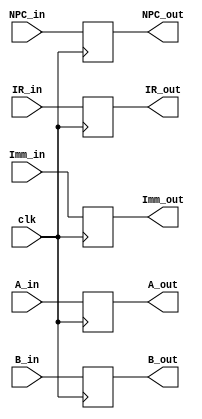
`timescale 1ns / 1ps
module ID_EX_reg(
    input [31:0] NPC_in,
    input [31:0] A_in,
    input [31:0] B_in,
    input [31:0] Imm_in,
    input [31:0] IR_in,
	input clk,
    output [31:0] NPC_out,
    output [31:0] A_out,
    output [31:0] B_out,
    output [31:0] Imm_out,
    output [31:0] IR_out
    );


reg [31:0] NPC;
reg [31:0] IR;
reg [31:0] A;
reg [31:0] B;
reg [31:0] Imm;

assign NPC_out = NPC;
assign IR_out = IR;
assign A_out = A;
assign B_out = B;
assign Imm_out = Imm;
always @(posedge clk)

	begin
	 NPC <= NPC_in ;
	 IR <= IR_in ;
	 A <=  A_in;
	 B <=  B_in;
	 Imm <= Imm_in;
   end
	
endmodule